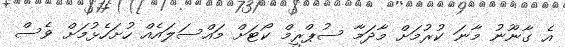
އެ ގާނޫނު މާނަ ކުރުމަށް މާދަމާ ސުޕްރީމް ކޯޓަށް މައްސަލައެއް ހުށަހެޅުމަށް ވެސް